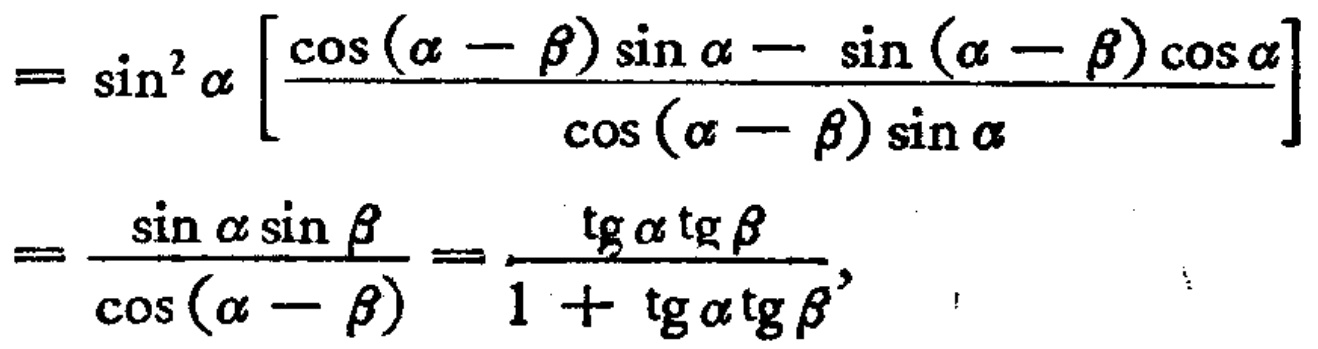
\[

\begin{align*}

&=\sin^{2}\alpha\left[\frac{\cos(\alpha - \beta)\sin\alpha-\sin(\alpha - \beta)\cos\alpha}{\cos(\alpha - \beta)\sin\alpha}\right]\\

&=\frac{\sin\alpha\sin\beta}{\cos(\alpha - \beta)}=\frac{\operatorname{tg}\alpha\operatorname{tg}\beta}{1 + \operatorname{tg}\alpha\operatorname{tg}\beta},

\end{align*}

\]